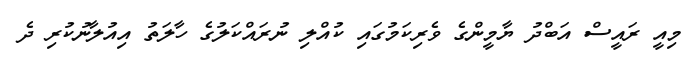
މިއީ ރައީސް އަބްދު ޔާމީންގެ ވެރިކަމުގައި ކުއްލި ނުރައްކަލުގެ ހާލަތު އިއުލާނުކުރި ދެ